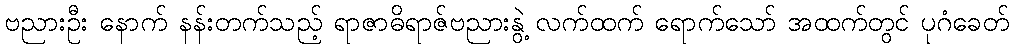
ဗညားဦး နောက် နန်းတက်သည့် ရာဇာဓိရာဇ်ဗညားနွဲ့ လက်ထက် ရောက်သော် အထက်တွင် ပုဂံခေတ်